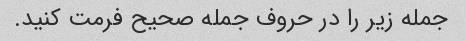
جمله زیر را در حروف جمله صحیح فرمت کنید.